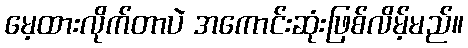
မေ့ထားလိုက်တာပဲ အကောင်းဆုံးဖြစ်လိမ့်မည်။